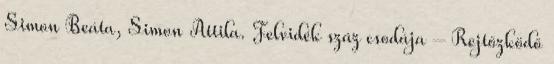
Simon Beáta, Simon Attila. Felvidék száz csodája – Rejtőzködő